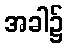
အခါ၌